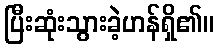
ပြီးဆုံးသွားခဲ့ဟန်ရှိ၏။